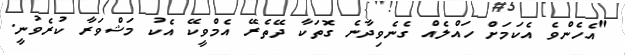
"އެހެންވެ އެކަމަށް ހައްލެއް ގެނެވިދާނެ ގޮތަކާ ދޭތެރޭ އެމްވީކޭ އެކު މަޝްވަރާ ކުރެވުނީ.